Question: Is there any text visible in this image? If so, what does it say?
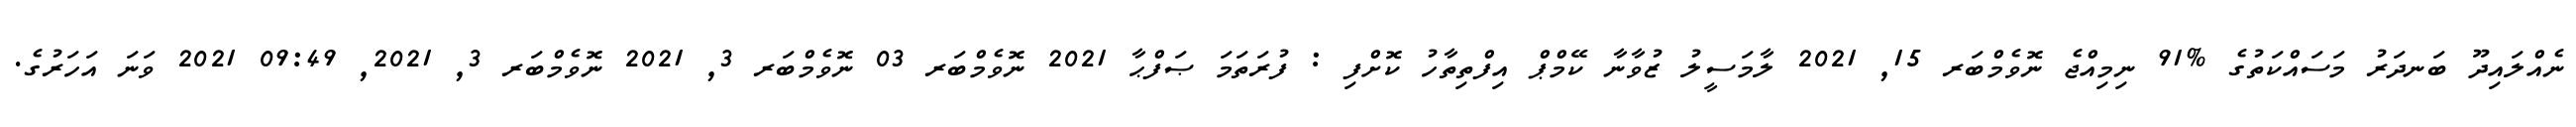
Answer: ނެއްލައިދޫ ބަނދަރު މަސައްކަތުގެ %91 ނިމިއްޖެ ނޮވެމްބަރ 15, 2021 ލާމަސީލު ޒުވާނާ ކޭމްޕް އިފްތިތާހު ކޮށްފި : ފުރަތަމަ ޞަފްޙާ 2021 ނޮވެމްބަރ 03 ނޮވެމްބަރ 3, 2021 ނޮވެމްބަރ 3, 2021, 09:49 2021 ވަނަ އަހަރުގެ.